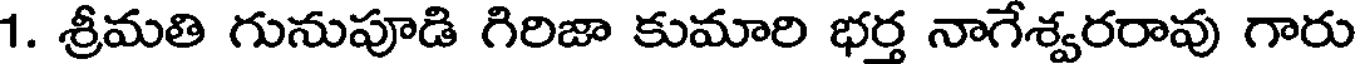
1. శ్రీమతి గునుపూడి గిరిజా కుమారి భర్త నాగేశ్వరరావు గారు